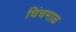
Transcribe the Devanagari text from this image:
चिंचमाळ